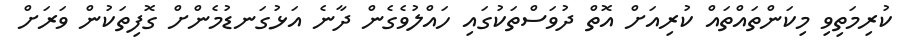
ކުރިމަތިވި މިކަންތައްތައް ކުރިއަށް އޮތް ދުވަސްތަކުގައި ހައްލުވެގެން ދާނެ އަޅުގަނޑުމެންށް ގޮފިތަކުން ވަރަށް